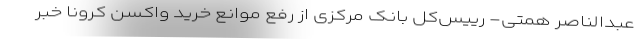
عبدالناصر همتی- رییس‌کل بانک مرکزی از رفع موانع خرید واکسن کرونا خبر